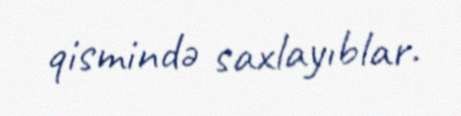
qismində saxlayıblar.